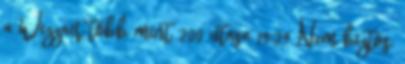
a Wizzair több mint 200 utasa 19:29 Nem biztos,